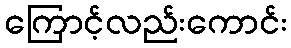
ကြောင့်လည်းကောင်း